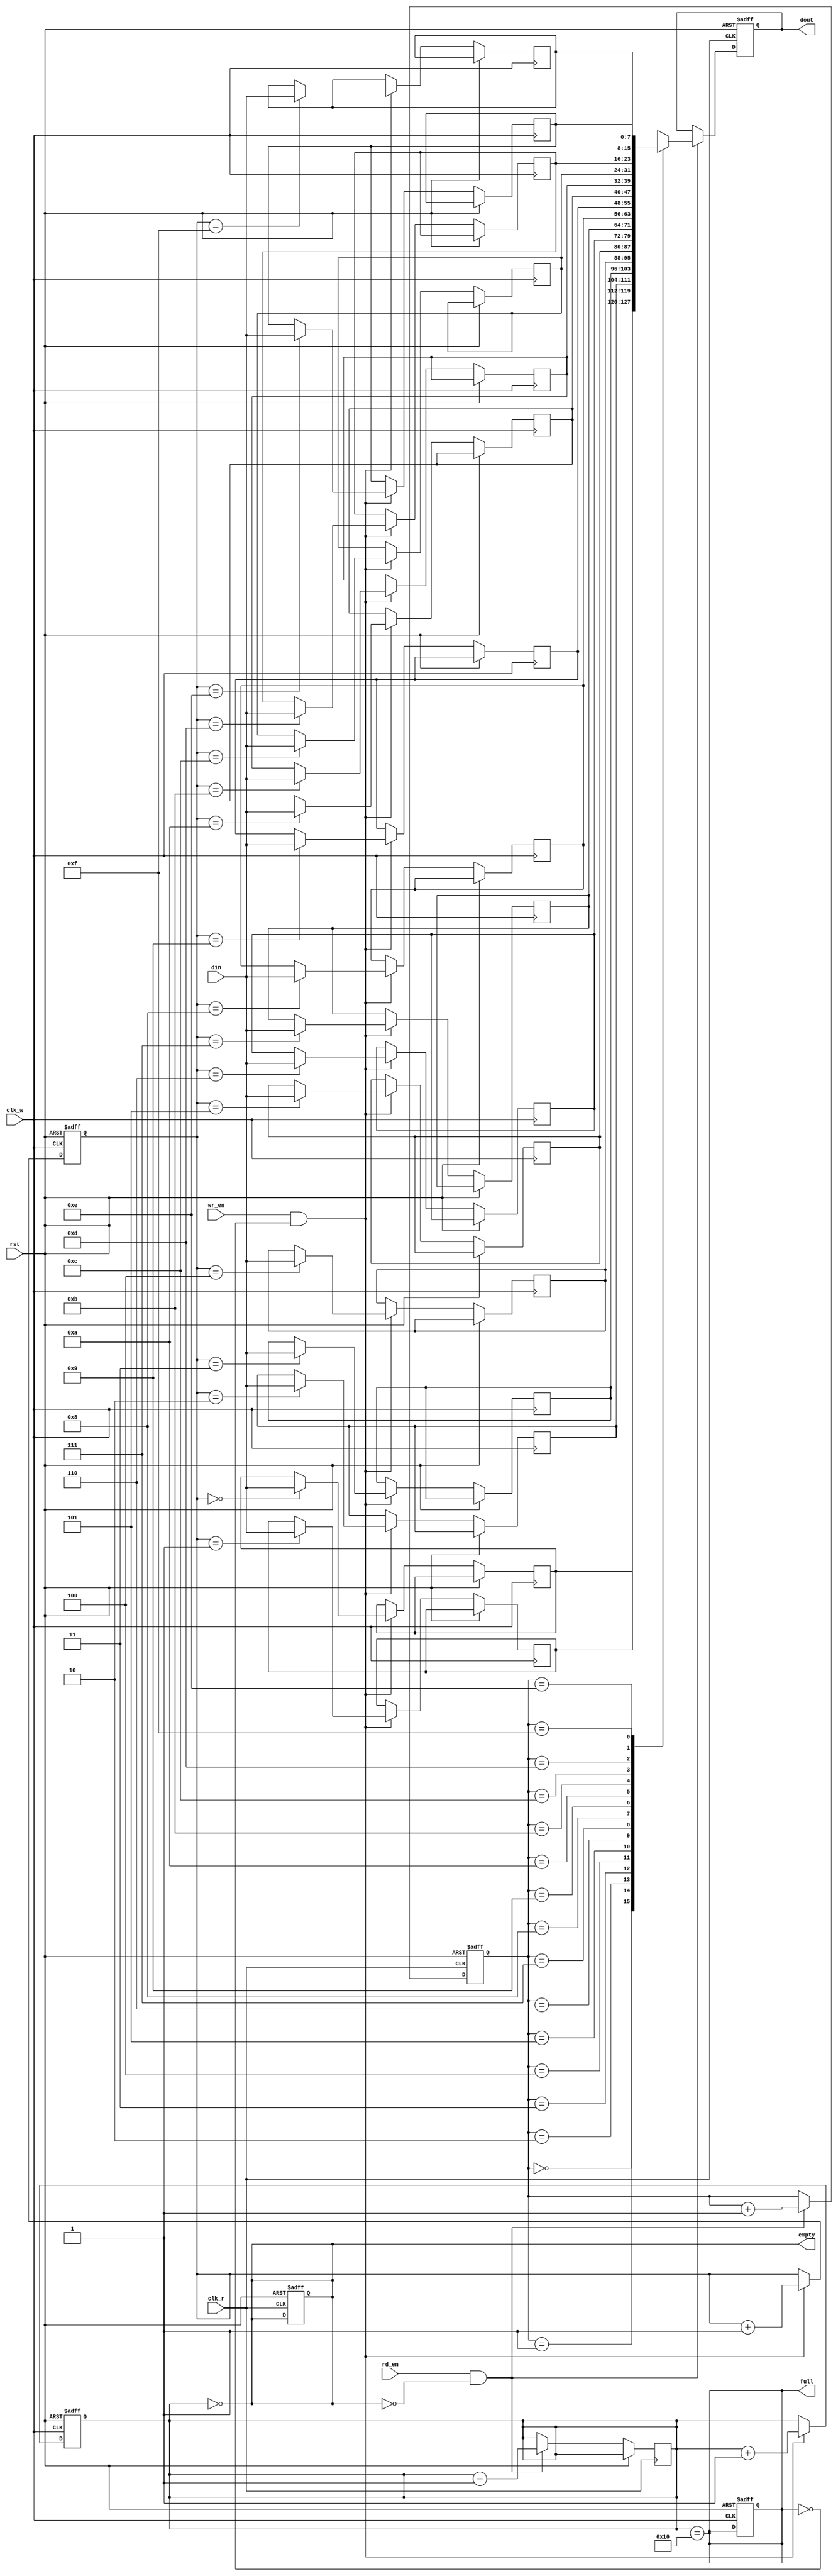
module fifo_sram #(
    parameter DEPTH = 16,  // Number of entries in the FIFO
    parameter WIDTH = 8    // Width of each entry in bits
)(
    input wire clk_w,          // Write clock
    input wire clk_r,          // Read clock
    input wire rst,            // Reset signal
    input wire wr_en,          // Write enable
    input wire rd_en,          // Read enable
    input wire [WIDTH-1:0] din,// Data input
    output reg [WIDTH-1:0] dout,// Data output
    output reg full,           // Full flag
    output reg empty           // Empty flag
);

    // Memory array to hold FIFO data
    reg [WIDTH-1:0] mem [0:DEPTH-1];
    
    // Write and read pointers
    reg [$clog2(DEPTH)-1:0] wr_ptr;
    reg [$clog2(DEPTH)-1:0] rd_ptr;
    
    // FIFO status
    reg [DEPTH:0] count; // To track the number of entries

    // Asynchronous reset
    always @(posedge clk_w or posedge rst) begin
        if (rst) begin
            wr_ptr <= 0;
            count <= 0;
            full <= 0;
        end else if (wr_en && !full) begin
            mem[wr_ptr] <= din; // Write data
            wr_ptr <= wr_ptr + 1;
            count <= count + 1;
        end
    end

    // Update full flag
    always @(*) begin
        full = (count == DEPTH);
    end

    // Asynchronous read operation
    always @(posedge clk_r or posedge rst) begin
        if (rst) begin
            rd_ptr <= 0;
            dout <= 0;
            empty <= 1;
        end else if (rd_en && !empty) begin
            dout <= mem[rd_ptr]; // Read data
            rd_ptr <= rd_ptr + 1;
            count <= count - 1;
        end
    end

    // Update empty flag
    always @(*) begin
        empty = (count == 0);
    end

endmodule